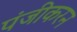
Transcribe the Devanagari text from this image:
पंजीकरन